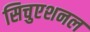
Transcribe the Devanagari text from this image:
सिचुएशनल